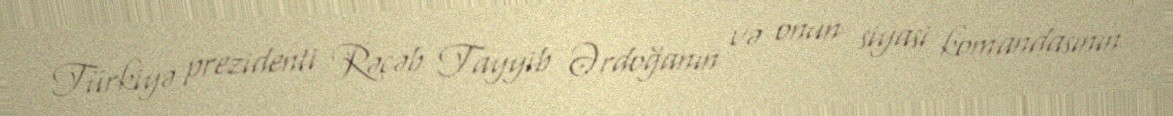
Türkiyə prezidenti Rəcəb Tayyib Ərdoğanın və onun siyasi komandasının